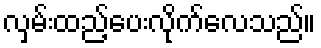
လှမ်းထည့်ပေးလိုက်လေသည်။